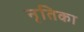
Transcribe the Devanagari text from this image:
नृतिका